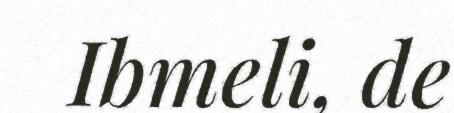
Ibmeli, de